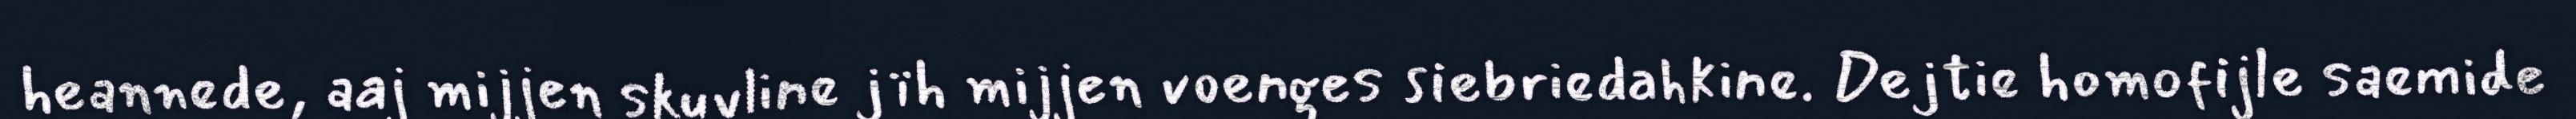
heannede, aaj mijjen skuvline jïh mijjen voenges siebriedahkine. Dejtie homofijle saemide